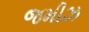
જમીઝ